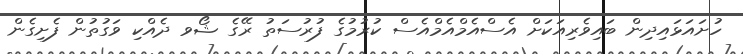
ހުށައަޅައިދިން ބައިވެރިއަކަށް އެސްއެމްއެމްއެސް ކުރުމުގެ ފުރުސަތު ރޭގެ ޝޯވ ދެއްކި ވަގުތުން ފެށިގެން